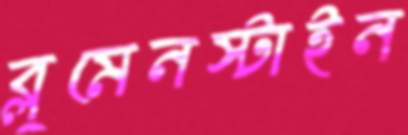
ব্লুমেনস্টাইন